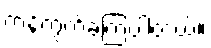
ကန့်ကွက်ခဲ့ကြပါတယ်။